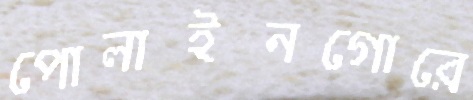
পোলাইনগোরে